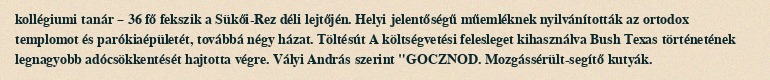
kollégiumi tanár – 36 fő fekszik a Sükői-Rez déli lejtőjén. Helyi jelentőségű műemléknek nyilvánították az ortodox templomot és parókiaépületét, továbbá négy házat. Töltésút A költségvetési felesleget kihasználva Bush Texas történetének legnagyobb adócsökkentését hajtotta végre. Vályi András szerint "GOCZNOD. Mozgássérült-segítő kutyák.